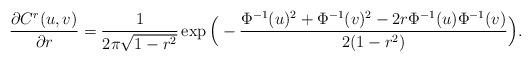
LaTeX: \begin{align*}\frac{\partial C^{r}(u,v)}{\partial r} =\frac{1}{2\pi\sqrt{1-r^2}}\exp\Big(-\frac{\Phi^{-1}(u)^2+\Phi^{-1}(v)^2-2r\Phi^{-1}(u)\Phi^{-1}(v)}{2(1-r^2)}\Big).\end{align*}